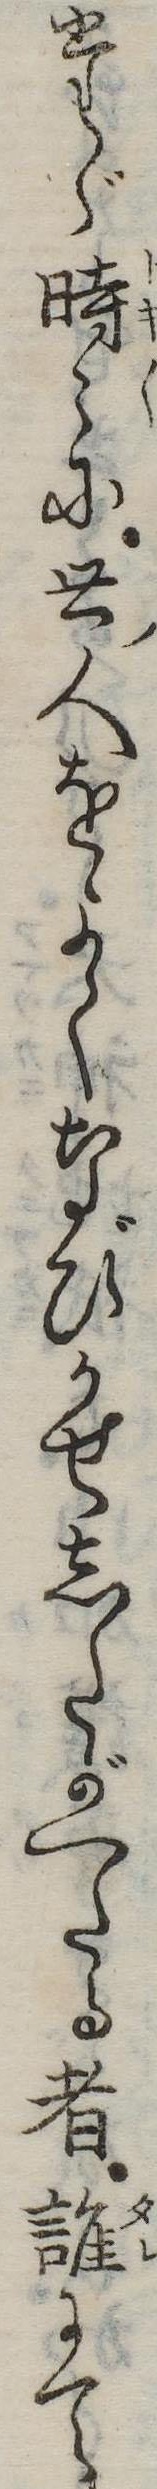
たゞ時に世人をよくなびかせしたがへたる者誰にて